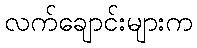
လက်ချောင်းများက